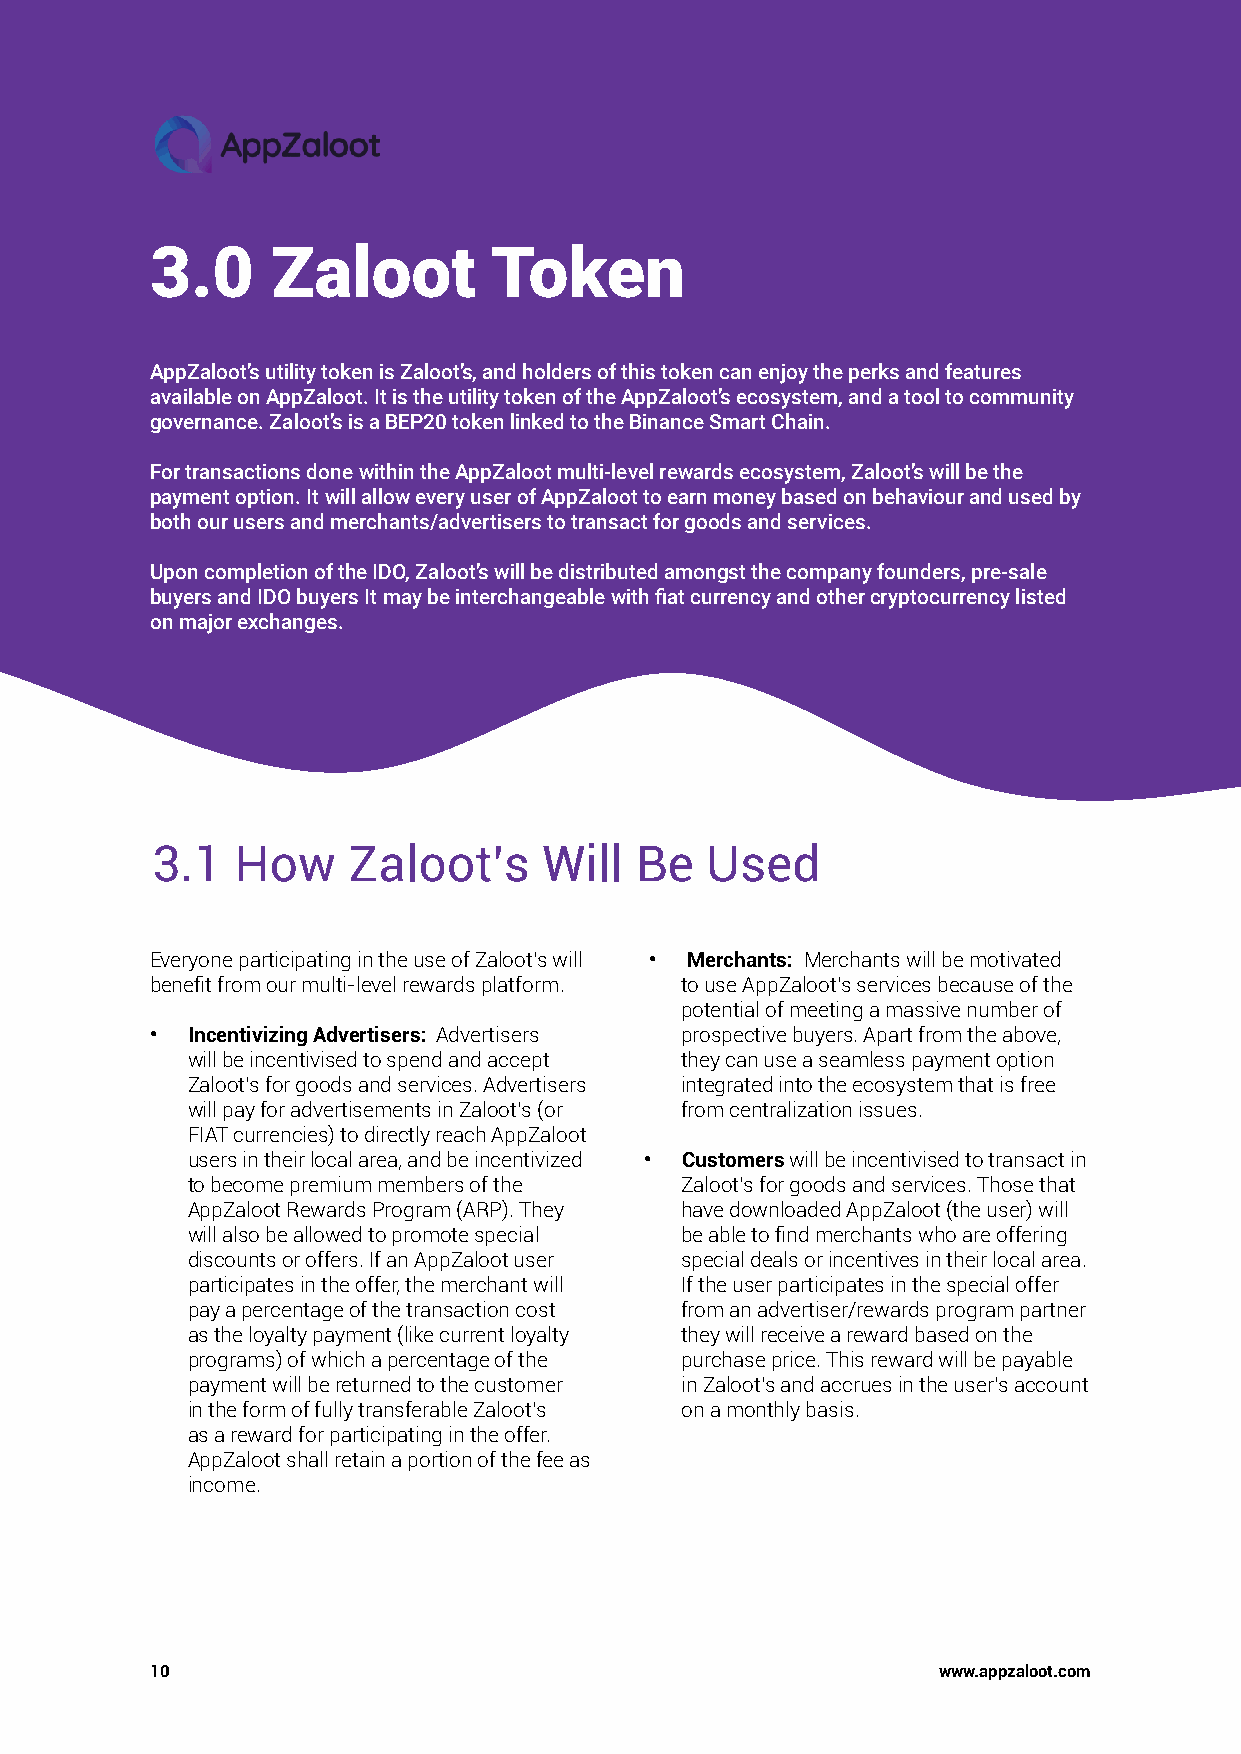
3.0     Zaloot        Token
 AppZaloot’s utility token is Zaloot’s, and holders of this token can enjoy the perks and features
 available on AppZaloot. It is the utility token of the AppZaloot’s ecosystem, and a tool to community
 governance. Zaloot’s is a BEP20 token linked to the Binance Smart Chain.
 For transactions done within the AppZaloot multi-level rewards ecosystem, Zaloot’s will be the
 payment option. It will allow every user of AppZaloot to earn money based on behaviour and used by
 both our users and merchants/advertisers to transact for goods and services.
 Upon completion of the IDO, Zaloot’s will be distributed amongst the company founders, pre-sale
 buyers and IDO buyers It may be interchangeable with fiat currency and other cryptocurrency listed
 on major exchanges.
 3.1   How    Zaloot’s     Will  Be   Used
 Everyone participating in the use of Zaloot’s will • Merchants: Merchants will be motivated
 benefit from our multi-level rewards platform. to use AppZaloot’s services because of the
 potential of meeting a massive number of
 • Incentivizing Advertisers: Advertisers prospective buyers. Apart from the above,
 will be incentivised to spend and accept they can use a seamless payment option
 Zaloot’s for goods and services. Advertisers integrated into the ecosystem that is free
 will pay for advertisements in Zaloot’s (or from centralization issues.
 FIAT currencies) to directly reach AppZaloot
 users in their local area, and be incentivized • Customers will be incentivised to transact in
 to become premium members of the Zaloot’s for goods and services. Those that
 AppZaloot Rewards Program (ARP). They have downloaded AppZaloot (the user) will
 will also be allowed to promote special be able to find merchants who are offering
 discounts or offers. If an AppZaloot user special deals or incentives in their local area.
 participates in the offer, the merchant will If the user participates in the special offer
 pay a percentage of the transaction cost from an advertiser/rewards program partner
 as the loyalty payment (like current loyalty they will receive a reward based on the
 programs) of which a percentage of the purchase price. This reward will be payable
 payment will be returned to the customer in Zaloot’s and accrues in the user’s account
 in the form of fully transferable Zaloot’s on a monthly basis.
 as a reward for participating in the offer.
 AppZaloot shall retain a portion of the fee as
 income.
 10                                                  www.appzaloot.com